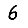
Digit: 6